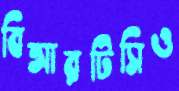
বিআরটিসিও